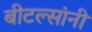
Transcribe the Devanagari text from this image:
बीटल्सांनी